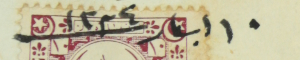
١٠ ايار سنة ١٢٢٤